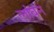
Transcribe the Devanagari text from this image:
लांघन